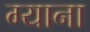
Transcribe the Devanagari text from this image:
ग्याना